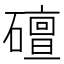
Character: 䃪